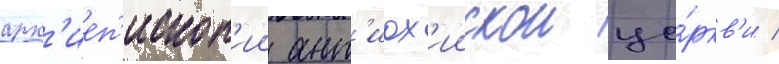
арх'иеп'ископ'ии ант'иох'иискои це́ркв'и /